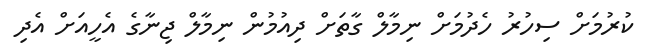
ކުރުމަށް ސިހުރު ހެދުމަށް ނިމާލް ގާތަށް ދިއުމުން ނިމާލް ޖިނާގެ އެހީއަށް އެދި